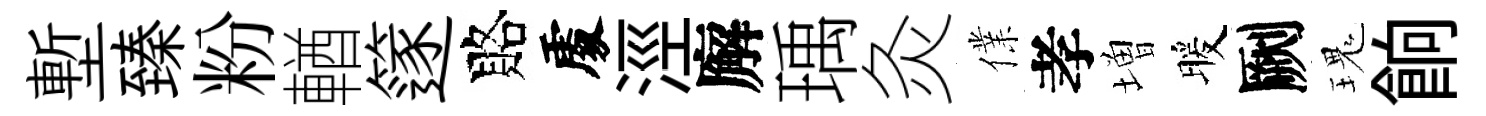
塹臻粉輶篴賂𠁅涇廨瑀灸㒒孝増暖劂瑰餉